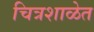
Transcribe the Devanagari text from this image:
चित्रशाळेत